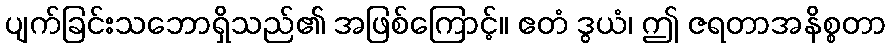
ပျက်ခြင်းသဘောရှိသည်၏ အဖြစ်ကြောင့်။ ဧတံ ဒွယံ၊ ဤ ဇရတာအနိစ္စတာ